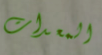
المعدات